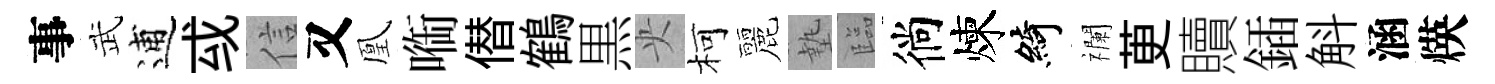
事武逋㦯信又凰㗸僣鶴黒央柯麗墊臨徜煉綺襴茰贖鍤斛涵煐